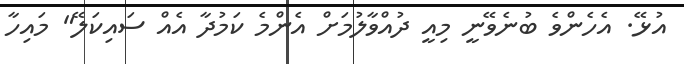
އުޅޭ. އެހެންވެ ބުނެވޭނީ މިއީ ދުއްވާލުމަށް އެންމެ ކަމުދާ އެއް ސައިކަލޭ" މައިހާ